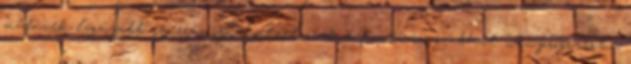
műfüvek legújabb generációja, határt csak a fantázia szabhat. www.prograss.hu